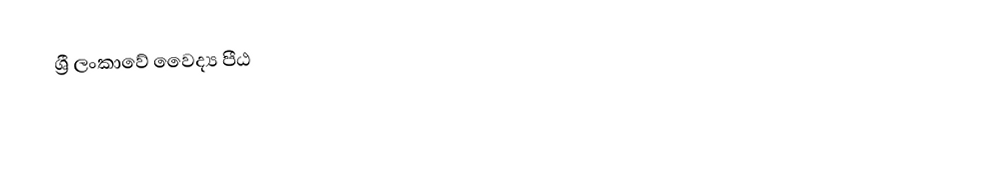
ශ්‍රී ලංකාවේ වෛද්‍ය පීඨ